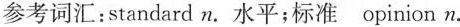
参考词汇：standard n.水平；标准opinion n.